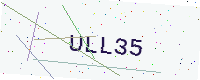
Text: ULL35